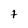
Character: 7